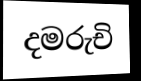
දමරුචි